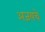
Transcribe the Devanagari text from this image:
अजयचे